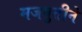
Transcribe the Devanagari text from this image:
मजबुतीने